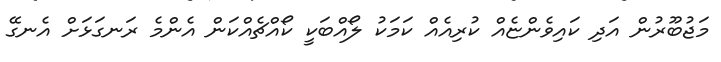
މަޖުބޫރުން އަދި ކައިވެންޏެއް ކުރިއެއް ކަމަކު ލޯއްބަކީ ކޯއްޗެއްކަން އެންމެ ރަނގަޅަށް އެނގޭ